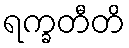
ရက္ခတီတိ